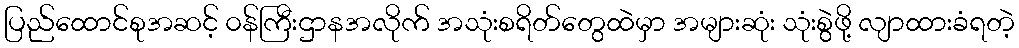
ပြည်ထောင်စုအဆင့် ၀န်ကြီးဌာနအလိုက် အသုံးစရိတ်တွေထဲမှာ အများဆုံး သုံးစွဲဖို့ လျာထားခံရတဲ့